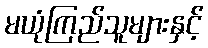
မယုံကြည်သူများနှင့်